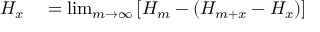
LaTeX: \begin{array} { r l } { H _ { x } } & { { } = \operatorname* { l i m } _ { m \rightarrow \infty } \left[ H _ { m } - ( H _ { m + x } - H _ { x } ) \right] } \end{array}